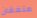
متفقان